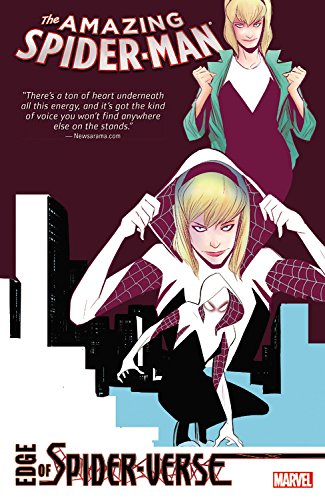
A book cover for Amazing Spider-Man: Edge of Spider-Verse; David Hine; Comics & Graphic Novels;